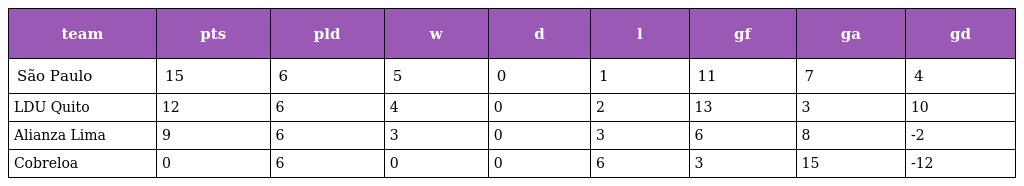
| team | pts | pld | w | d | l | gf | ga | gd |
 | --- | --- | --- | --- | --- | --- | --- | --- | --- |
 | São Paulo | 15 | 6 | 5 | 0 | 1 | 11 | 7 | 4 |
 | LDU Quito | 12 | 6 | 4 | 0 | 2 | 13 | 3 | 10 |
 | Alianza Lima | 9 | 6 | 3 | 0 | 3 | 6 | 8 | -2 |
 | Cobreloa | 0 | 6 | 0 | 0 | 6 | 3 | 15 | -12 |